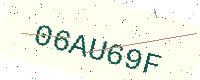
Text: 06AU69F